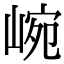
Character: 𡸥